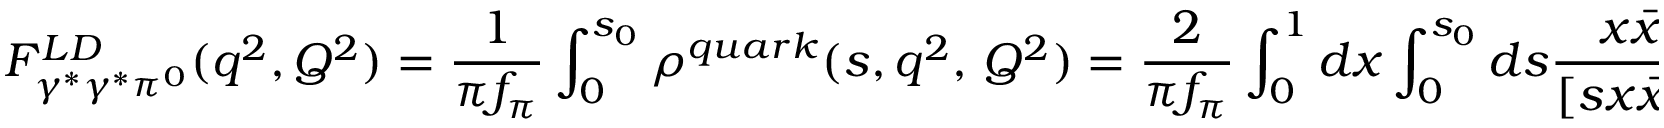
F _ { \gamma ^ { * } \gamma ^ { * } \pi ^ { 0 } } ^ { L D } ( q ^ { 2 } , Q ^ { 2 } ) = \frac 1 { \pi f _ { \pi } } \int _ { 0 } ^ { s _ { 0 } } \rho ^ { q u a r k } ( s , q ^ { 2 } , \, Q ^ { 2 } ) = \frac 2 { \pi f _ { \pi } } \int _ { 0 } ^ { 1 } d x \int _ { 0 } ^ { s _ { 0 } } d s \frac { x \bar { x } ( x Q ^ { 2 } + \bar { x } q ^ { 2 } ) ^ { 2 } } { [ s { x } \bar { x } + x Q ^ { 2 } + \bar { x } q ^ { 2 } ] ^ { 3 } } \, .